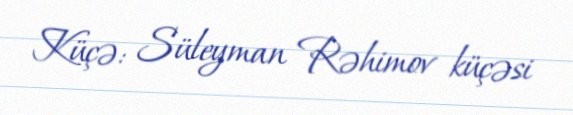
Küçə: Süleyman Rəhimov küçəsi